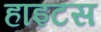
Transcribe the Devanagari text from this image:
हाइटस